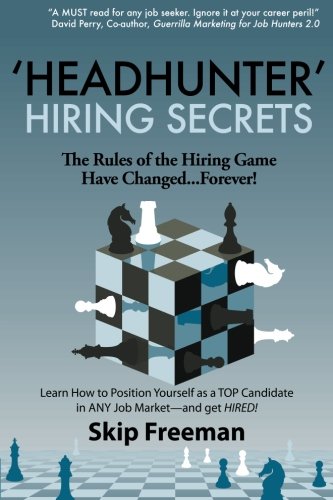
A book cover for "Headhunter" Hiring Secrets: The Rules of the Hiring Game Have Changed . . . Forever!; Skip Freeman; Business & Money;